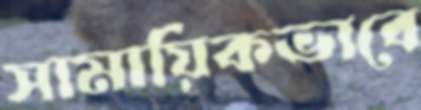
সামায়িকভাবে